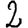
Digit: 2